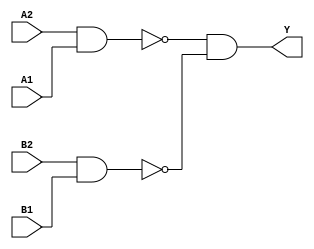
/*
 * Copyright 2020 The SkyWater PDK Authors
 *
 * Licensed under the Apache License, Version 2.0 (the "License");
 * you may not use this file except in compliance with the License.
 * You may obtain a copy of the License at
 *
 *     https://www.apache.org/licenses/LICENSE-2.0
 *
 * Unless required by applicable law or agreed to in writing, software
 * distributed under the License is distributed on an "AS IS" BASIS,
 * WITHOUT WARRANTIES OR CONDITIONS OF ANY KIND, either express or implied.
 * See the License for the specific language governing permissions and
 * limitations under the License.
 *
 * SPDX-License-Identifier: Apache-2.0
*/


`ifndef SKY130_FD_SC_HVL__A22OI_BEHAVIORAL_V
`define SKY130_FD_SC_HVL__A22OI_BEHAVIORAL_V

/**
 * a22oi: 2-input AND into both inputs of 2-input NOR.
 *
 *        Y = !((A1 & A2) | (B1 & B2))
 *
 * Verilog simulation functional model.
 */

`timescale 1ns / 1ps
`default_nettype none

`celldefine
module sky130_fd_sc_hvl__a22oi (
    Y ,
    A1,
    A2,
    B1,
    B2
);

    // Module ports
    output Y ;
    input  A1;
    input  A2;
    input  B1;
    input  B2;

    // Module supplies
    supply1 VPWR;
    supply0 VGND;
    supply1 VPB ;
    supply0 VNB ;

    // Local signals
    wire nand0_out ;
    wire nand1_out ;
    wire and0_out_Y;

    //   Name   Output      Other arguments
    nand nand0 (nand0_out , A2, A1              );
    nand nand1 (nand1_out , B2, B1              );
    and  and0  (and0_out_Y, nand0_out, nand1_out);
    buf  buf0  (Y         , and0_out_Y          );

endmodule
`endcelldefine

`default_nettype wire
`endif  // SKY130_FD_SC_HVL__A22OI_BEHAVIORAL_V